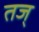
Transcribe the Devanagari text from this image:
तज्